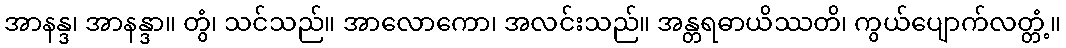
အာနန္ဒ၊ အာနန္ဒာ။ တွံ၊ သင်သည်။ အာလောကော၊ အလင်းသည်။ အန္တရဓာယိဿတိ၊ ကွယ်ပျောက်လတ္တံ့။